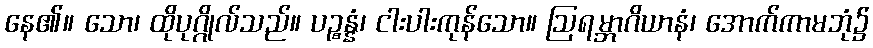
နေ၏။ သော၊ ထိုပုဂ္ဂိုလ်သည်။ ပဉ္စန္နံ၊ ငါးပါးကုန်သော။ ဩရမ္ဘာဂိယာနံ၊ အောက်ကာမဘုံ၌